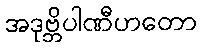
အဒုဗ္ဘိပါဏီဟတော